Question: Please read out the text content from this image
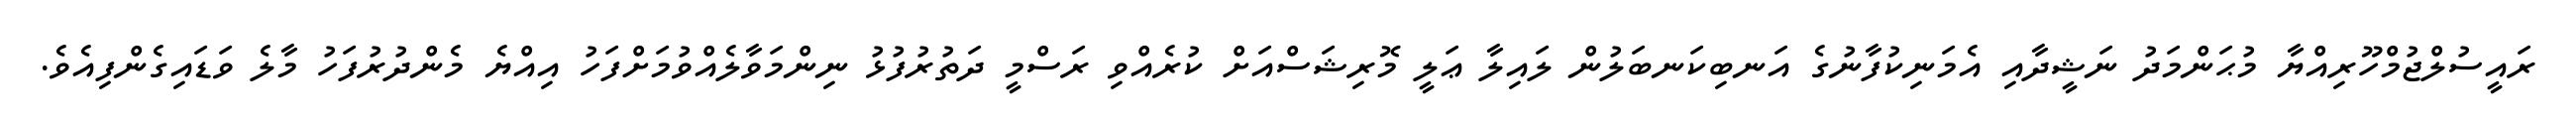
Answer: ރައީސުލްޖުމްހޫރިއްޔާ މުޙަންމަދު ނަޝީދާއި އެމަނިކުފާނުގެ އަނބިކަނބަލުން ލައިލާ ޢަލީ މޮރިޝަސްއަށް ކުރެއްވި ރަސްމީ ދަތުރުފުޅު ނިންމަވާލެއްވުމަށްފަހު އިއްޔެ މެންދުރުފަހު މާލެ ވަޑައިގެންފިއެވެ.